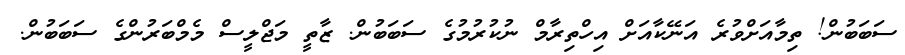
ސަބަބުން! ތިމާއަށްވުރެ އަނޭކާއަށް އިހްތިރާމް ނުކުރުމުގެ ސަބަބުން. ޒާތީ މަޖްލީސް މެމްބަރުންގެ ސަބަބުން.